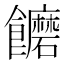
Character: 饝